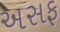
અસફ